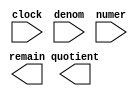
// megafunction wizard: %LPM_DIVIDE%VBB%
// GENERATION: STANDARD
// VERSION: WM1.0
// MODULE: LPM_DIVIDE 

// ============================================================
// Megafunction Name(s):
// 			LPM_DIVIDE
//
// Simulation Library Files(s):
// 			lpm
// ============================================================
// ************************************************************
// THIS IS A WIZARD-GENERATED FILE. DO NOT EDIT THIS FILE!
//
// 14.0.0 Build 200 06/17/2014 SJ Full Version
// ************************************************************

//Copyright (C) 1991-2014 Altera Corporation. All rights reserved.
//Your use of Altera Corporation's design tools, logic functions 
//and other software and tools, and its AMPP partner logic 
//functions, and any output files from any of the foregoing 
//(including device programming or simulation files), and any 
//associated documentation or information are expressly subject 
//to the terms and conditions of the Altera Program License 
//Subscription Agreement, the Altera Quartus II License Agreement,
//the Altera MegaCore Function License Agreement, or other 
//applicable license agreement, including, without limitation, 
//that your use is for the sole purpose of programming logic 
//devices manufactured by Altera and sold by Altera or its 
//authorized distributors.  Please refer to the applicable 
//agreement for further details.

module alt_lpm_divider (
	clock,
	denom,
	numer,
	quotient,
	remain);

	input	  clock;
	input	[55:0]  denom;
	input	[63:0]  numer;
	output	[63:0]  quotient;
	output	[55:0]  remain;

endmodule

// ============================================================
// CNX file retrieval info
// ============================================================
// Retrieval info: PRIVATE: INTENDED_DEVICE_FAMILY STRING "Cyclone V"
// Retrieval info: PRIVATE: PRIVATE_LPM_REMAINDERPOSITIVE STRING "TRUE"
// Retrieval info: PRIVATE: PRIVATE_MAXIMIZE_SPEED NUMERIC "-1"
// Retrieval info: PRIVATE: SYNTH_WRAPPER_GEN_POSTFIX STRING "0"
// Retrieval info: PRIVATE: USING_PIPELINE NUMERIC "1"
// Retrieval info: PRIVATE: VERSION_NUMBER NUMERIC "2"
// Retrieval info: PRIVATE: new_diagram STRING "1"
// Retrieval info: LIBRARY: lpm lpm.lpm_components.all
// Retrieval info: CONSTANT: LPM_DREPRESENTATION STRING "SIGNED"
// Retrieval info: CONSTANT: LPM_HINT STRING "LPM_REMAINDERPOSITIVE=TRUE"
// Retrieval info: CONSTANT: LPM_NREPRESENTATION STRING "SIGNED"
// Retrieval info: CONSTANT: LPM_PIPELINE NUMERIC "64"
// Retrieval info: CONSTANT: LPM_TYPE STRING "LPM_DIVIDE"
// Retrieval info: CONSTANT: LPM_WIDTHD NUMERIC "56"
// Retrieval info: CONSTANT: LPM_WIDTHN NUMERIC "64"
// Retrieval info: USED_PORT: clock 0 0 0 0 INPUT NODEFVAL "clock"
// Retrieval info: USED_PORT: denom 0 0 56 0 INPUT NODEFVAL "denom[55..0]"
// Retrieval info: USED_PORT: numer 0 0 64 0 INPUT NODEFVAL "numer[63..0]"
// Retrieval info: USED_PORT: quotient 0 0 64 0 OUTPUT NODEFVAL "quotient[63..0]"
// Retrieval info: USED_PORT: remain 0 0 56 0 OUTPUT NODEFVAL "remain[55..0]"
// Retrieval info: CONNECT: @clock 0 0 0 0 clock 0 0 0 0
// Retrieval info: CONNECT: @denom 0 0 56 0 denom 0 0 56 0
// Retrieval info: CONNECT: @numer 0 0 64 0 numer 0 0 64 0
// Retrieval info: CONNECT: quotient 0 0 64 0 @quotient 0 0 64 0
// Retrieval info: CONNECT: remain 0 0 56 0 @remain 0 0 56 0
// Retrieval info: GEN_FILE: TYPE_NORMAL alt_lpm_divider.v TRUE
// Retrieval info: GEN_FILE: TYPE_NORMAL alt_lpm_divider.inc FALSE
// Retrieval info: GEN_FILE: TYPE_NORMAL alt_lpm_divider.cmp FALSE
// Retrieval info: GEN_FILE: TYPE_NORMAL alt_lpm_divider.bsf FALSE
// Retrieval info: GEN_FILE: TYPE_NORMAL alt_lpm_divider_inst.v FALSE
// Retrieval info: GEN_FILE: TYPE_NORMAL alt_lpm_divider_bb.v TRUE
// Retrieval info: LIB_FILE: lpm